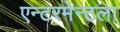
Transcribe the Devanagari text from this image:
एन्टरमेन्टला